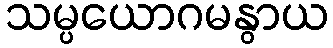
သမ္ပယောဂမနွာယ